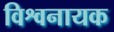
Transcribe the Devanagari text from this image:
विश्वनायक